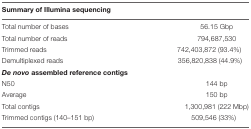
<table><thead><tr><td colspan="2"><b>Summary of Illumina sequencing</b></td></tr></thead><tbody><tr><td>Total number of bases</td><td>56.15 Gbp</td></tr><tr><td>Total number of reads</td><td>794,687,530</td></tr><tr><td>Trimmed reads</td><td>742,403,872 (93.4%)</td></tr><tr><td>Demultiplexed reads</td><td>356,820,838 (44.9%)</td></tr><tr><td colspan="2"><b><i>De novo</i> assembled reference contigs</b></td></tr><tr><td>N50</td><td>144 bp</td></tr><tr><td>Average</td><td>150 bp</td></tr><tr><td>Total contigs</td><td>1,300,981 (222 Mbp)</td></tr><tr><td>Trimmed contigs (140–151 bp)</td><td>509,546 (33%)</td></tr></tbody></table>